Report on horse surra - Volume I
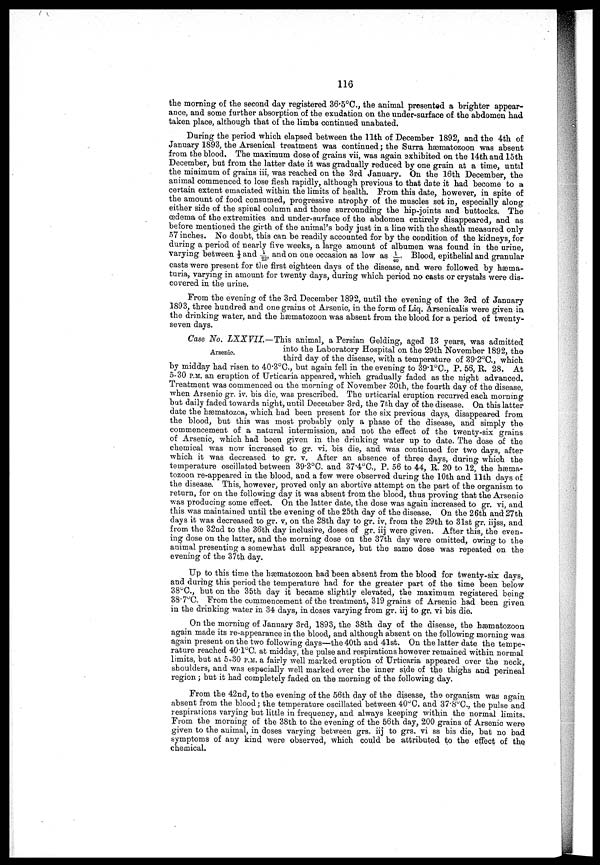
116
the morning of the second day registered 36.5°C, the animal presented a brighter appear
ance, and some further absorption of the exudation on the under-surface of the abdomen had
taken place, although that of the limbs continued unabated.
During the period which elapsed between the 11th of December 1892, and the 4th of
January 1893, the Arsenical treatment was continued ; the Surra hæmatozoon was absent
from the blood. The maximum dose of grains vii, was again exhibited on the 14th and 15th
December, but from the latter date it was gradually reduced by one grain at a time, until
the minimum of grains iii, was reached on the 3rd January. On the 16th December, the
animal commenced to lose flesh rapidly, although previous to that date it had become to a
certain extent emaciated within the limits of health. Prom this date, however, in spite of
the amount of food consumed, progressive atrophy of the muscles set in, especially along
either side of the spinal column and those surrounding the hip-joints and buttocks. The
œdema of the extremities and under-surface of the abdomen entirely disappeared, and as
before mentioned the girth of the animal's body just in a line with the sheath measured only
57 inches. No doubt, this can be readily accounted for by the condition of the kidneys, for
during a period of nearly five weeks, a large amount of albumen was found in the urine,
varying between ⅓ and 1/22 and on one occasion as low as 1/40. Blood, epithelial and granular
casts were present for the first eighteen days of the disease, and were followed by hæma
turia, varying in amount for twenty days, during which period no casts or crystals were dis
covered in the urine.
From the evening of the 3rd December 1892, until the evening of the 3rd of January
1893, three hundred and one grains of Arsenic, in the form of Liq. Arsenicalis were given in
the drinking water, and the hæmatozoon was absent from the blood for a period of twenty-
seven days.
Arsenic.
Case No. LXXVII.—This
animal, a Persian Gelding, aged 13 years, was admitted
into the Laboratory Hospital on the 29th November 1892, the
third day of the disease, with a temperature of 39.2°C., which
by midday had risen to 40.3°C., but again fell in the evening to 39.1°C., P. 56, R. 28. At
5-30 P.M. an eruption of Urticaria appeared, which gradually faded as the night advanced.
Treatment was commenced ou the morning of November 30th, the fourth day of the disease,
when Arsenic gr. iv. bis die, was prescribed. The urticarial eruption recurred each morning
but daily faded towards night, until December 3rd, the 7th day of the disease. On this latter
date the hæmatozoa, which had been present for the six previous days, disappeared from
the blood, but this was most probably only a phase of the disease, and simply the
commencement of a natural intermission, and not the effect of the twenty-six grains
of Arsenic, which had been given in the drinking water up to date. The dose of the
chemical was now increased to gr. vi. bis die, and was continued for two days, after
which it was decreased to gr. v. After an absence of three days, during which the
temperature oscillated between 39.3°C. and 37.C., P. 56 to 44, R. 20 to 12, the hæma
tozoon re-appeared in the blood, and a few were observed during the 10th and 11th days of
the disease. This, however, proved only an abortive attempt on the part of the organism to
return, for on the following day it was absent from the blood, thus proving that the Arsenio
was producing some effect. On the latter date, the dose was again increased to gr. vi, and
this was maintained until the evening of the 25th day of the disease. On the 26th and 27th
days it was decreased to gr. v, on the 28th day to gr. iv, from the 29th to 31st gr. iijss, and
from the 32nd to the 36th day inclusive, doses of gr. iij were given. After this, the even
ing dose on the latter, and the morning dose on the 37th day were omitted, owing to the
animal presenting a somewhat dull appearance, but the same dose was repeated on the
evening of the 37th day.
Up to this time the hæmatozoon had been absent from the blood for twenty-six days,
and during this period the temperature had for the greater part of the time been below
38°C., but on the 35th day it became slightly elevated, the maximum registered being
38.7°C. From the commencement of the treatment, 319 grains of Arsenic had been given
in the drinking water in 34 days, in doses varying from gr. iij to gr. vi bis die.
On the morning of January 3rd, 1893, the 38th day of the disease, the hæmatozoon
again made its reappearance in the blood, and although absent on the following morning was
again present on the two following days—the 40th and 41st. On the latter date the tempe-.
rature reached 40.1°C. at midday, the pulse and respirations however remained within normal
limits, but at 5T30 P.M. a fairly well marked eruption of Urticaria appeared over the neck,
shoulders, and was especially well marked over the inner side of the thighs, and perineal
region ; but it had completely faded on the morning of the following day.
From the 42nd, to the evening of the 56th day of the disease, the organism was again
absent from the blood ; the temperature oscillated between 40°C. and 37.8°C., the pulse and
respirations varying but little in frequency, and always keeping within the normal limits.
From the morning of the 38th to the evening of the 56th day, 200 grains of Arsenic were
given to the animal, in doses varying between grs. iij to grs. vi ss his die, but no bad
symptoms of any kind were observed, which could be attributed to the effect of the
chemical.